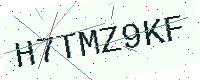
Text: H7TMZ9KF